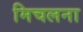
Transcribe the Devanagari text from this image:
मिचलना